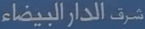
شرف الدار البيضاء